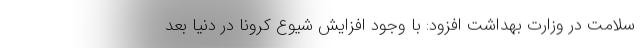
سلامت در وزارت بهداشت افزود: با وجود افزایش شیوع کرونا در دنیا بعد